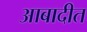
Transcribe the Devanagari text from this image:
आबादीत